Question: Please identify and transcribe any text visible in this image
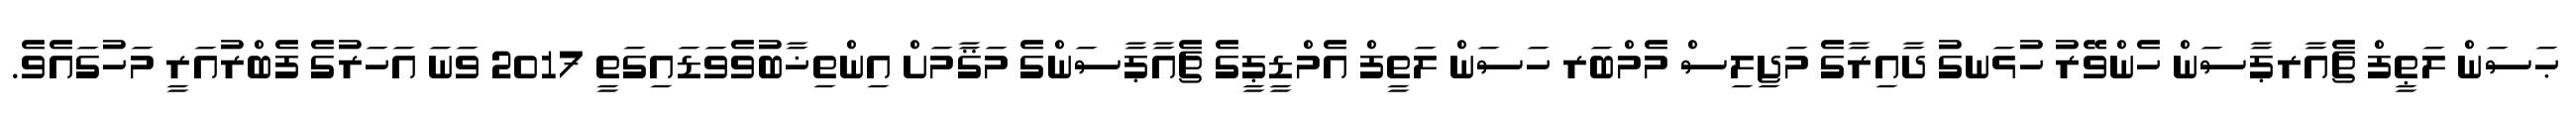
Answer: ޙަސަން ލަޠީފް ޗެއާރޕާސަން ހެންވޭރު ހުޅަނގު ދާއިރާގެ މަޖިލިސް މެމްބަރ ހަސަން ލަތީފް އެމްޑީޕީގެ ޗެއާޕާސަންގެ މަޤާމަށް އިންތިޚާބުވެވަޑައިގަތީ 2017 ވަނަ އަހަރުގެ ފެބްރުއަރީ މަހުގައެވެ.